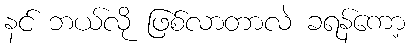
နင် ဘယ်လို ဖြစ်လာတာလဲ ခရန်ကော့